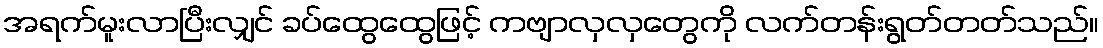
အရက်မူးလာပြီးလျှင် ခပ်ထွေထွေဖြင့် ကဗျာလှလှတွေကို လက်တန်းရွတ်တတ်သည်။